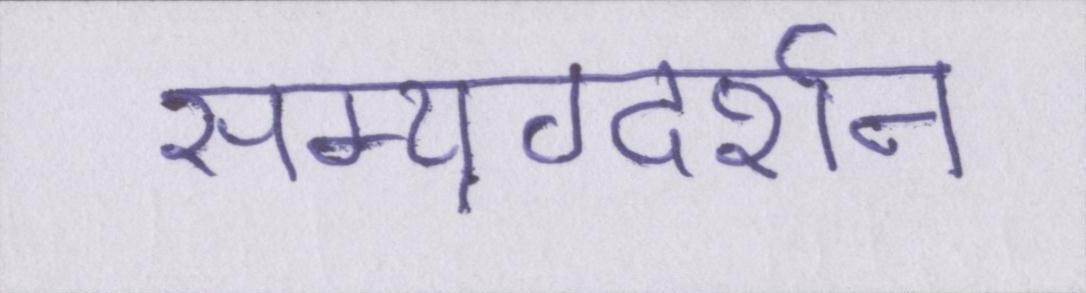
सम्यग्दर्शन